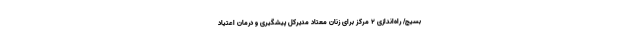
بسیج/ راه‌اندازی ۲ مرکز برای زنان معتاد مدیرکل پیشگیری و درمان اعتیاد